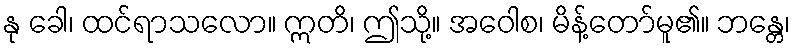
နု ခေါ၊ ထင်ရာသလော။ ဣတိ၊ ဤသို့။ အဝေါစ၊ မိန့်တော်မူ၏။ ဘန္တေ၊